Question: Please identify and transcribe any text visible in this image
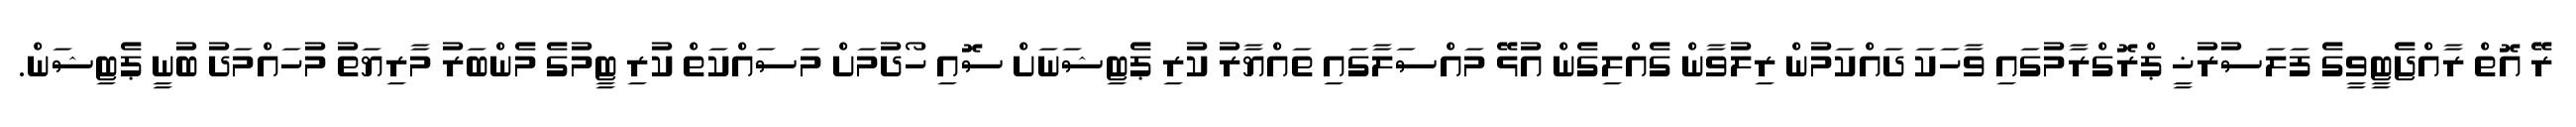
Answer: ރޭ އޮތް ރާއްޖެޓީވީގެ ފަލަސުރުޚީ ޕްރޮގްރާމުގައި ވާހަކަ ދައްކަމުން ރިލުވާން ގެއްލިގެން އުޅޭ މައްސަލާގައި ތައްޔާރު ކުރި ޕެޓިޝަނަށް ސޮއި ހޯދުމަށް މަސައްކަތް ކުރި ޓީމުގެ މެންބަރު މާރިޔަތު މުހައްމަދު ބުނީ ޕެޓިޝަން.